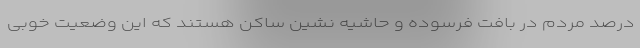
درصد مردم در بافت فرسوده و حاشیه نشین ساکن هستند که این وضعیت خوبی